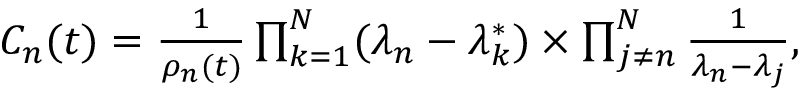
\begin{array} { r } { C _ { n } ( t ) = \frac { 1 } { \rho _ { n } ( t ) } \prod _ { k = 1 } ^ { N } ( \lambda _ { n } - \lambda _ { k } ^ { * } ) \times \prod _ { j \ne n } ^ { N } \frac { 1 } { \lambda _ { n } - \lambda _ { j } } , } \end{array}